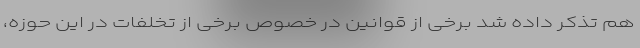
هم تذکر داده شد برخی از قوانین در خصوص برخی از تخلفات در این حوزه،